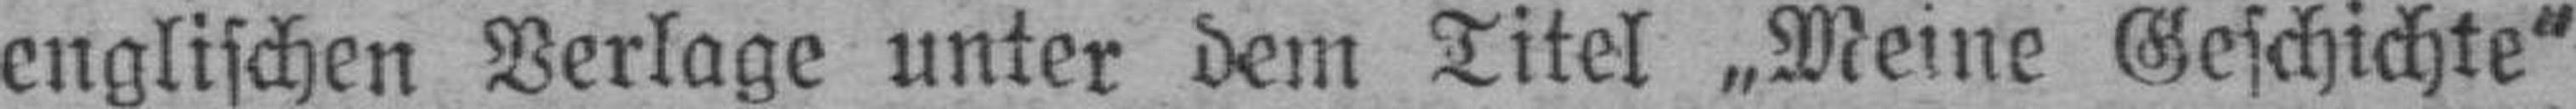
englischen Verlage unter dem Titel „Meine Geschichte"